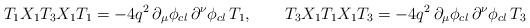
LaTeX: \begin{align*}T_{1}X_{1}T_{3}X_{1}T_{1}=-4q^{2}\,\partial _{\mu }\phi _{cl}\,\partial^{\nu }\phi _{cl}\,T_{1},\qquad T_{3}X_{1}T_{1}X_{1}T_{3}=-4q^{2}\,\partial_{\mu }\phi _{cl}\,\partial ^{\nu }\phi _{cl}\,T_{3}\quad \quad \quad\end{align*}